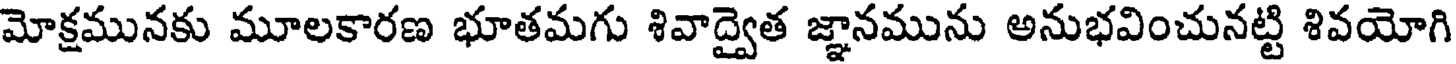
మోక్షమునకు మూలకారణ భూతమగు శివాద్వైత జ్ఞానమును అనుభవించునట్టి శివయోగి